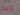
جيد